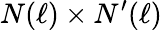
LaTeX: N(\ell)\times N^{\prime}(\ell)